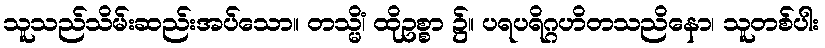
သူသည်သိမ်းဆည်းအပ်သော။ တသ္မိံ၊ ထိုဥစ္စာ ၌။ ပရပရိဂ္ဂဟိတသညိနော၊ သူတစ်ပါး